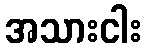
အသားငါး